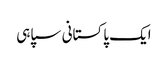
ایک پاکستانی سپاہی